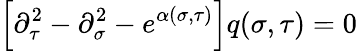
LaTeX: \left[\partial_{\tau}^{2}-\partial_{\sigma}^{2}-e^{\alpha(\sigma,\tau)}\right]q(\sigma,\tau)=0